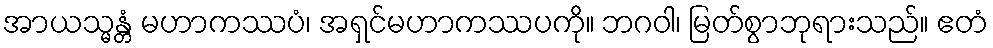
အာယသ္မန္တံ မဟာကဿပံ၊ အရှင်မဟာကဿပကို။ ဘဂဝါ၊ မြတ်စွာဘုရားသည်။ ဧတံ